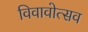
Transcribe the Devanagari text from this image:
विवावोत्सव